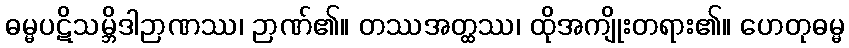
ဓမ္မပဋိသမ္ဘိဒါဉာဏဿ၊ ဉာဏ်၏။ တဿအတ္ထဿ၊ ထိုအကျိုးတရား၏။ ဟေတုဓမ္မ